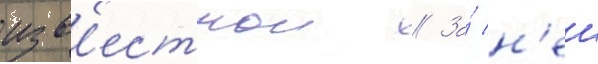
изв'естнои // За́ н'еи